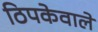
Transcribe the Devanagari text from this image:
ठिपकेवाले